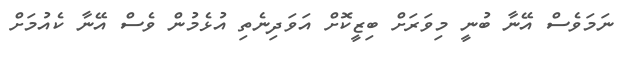
ނަމަވެސް އޭނާ ބުނީ މިވަރަށް ބިޒީކޮށް އަވަދިނެތި އުޅެމުން ވެސް އޭނާ ކެއުމަށް